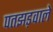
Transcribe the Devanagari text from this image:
पतझड़वाले